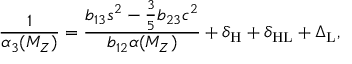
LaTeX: \frac { 1 } { \alpha _ { 3 } ( M _ { Z } ) } = \frac { b _ { 1 3 } s ^ { 2 } - \frac { 3 } { 5 } b _ { 2 3 } c ^ { 2 } } { b _ { 1 2 } \alpha ( M _ { Z } ) } + \delta _ { \mathrm { H } } + \delta _ { \mathrm { H L } } + \Delta _ { \mathrm { L } } ,